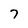
Character: 7